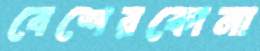
বেশেরকোনা